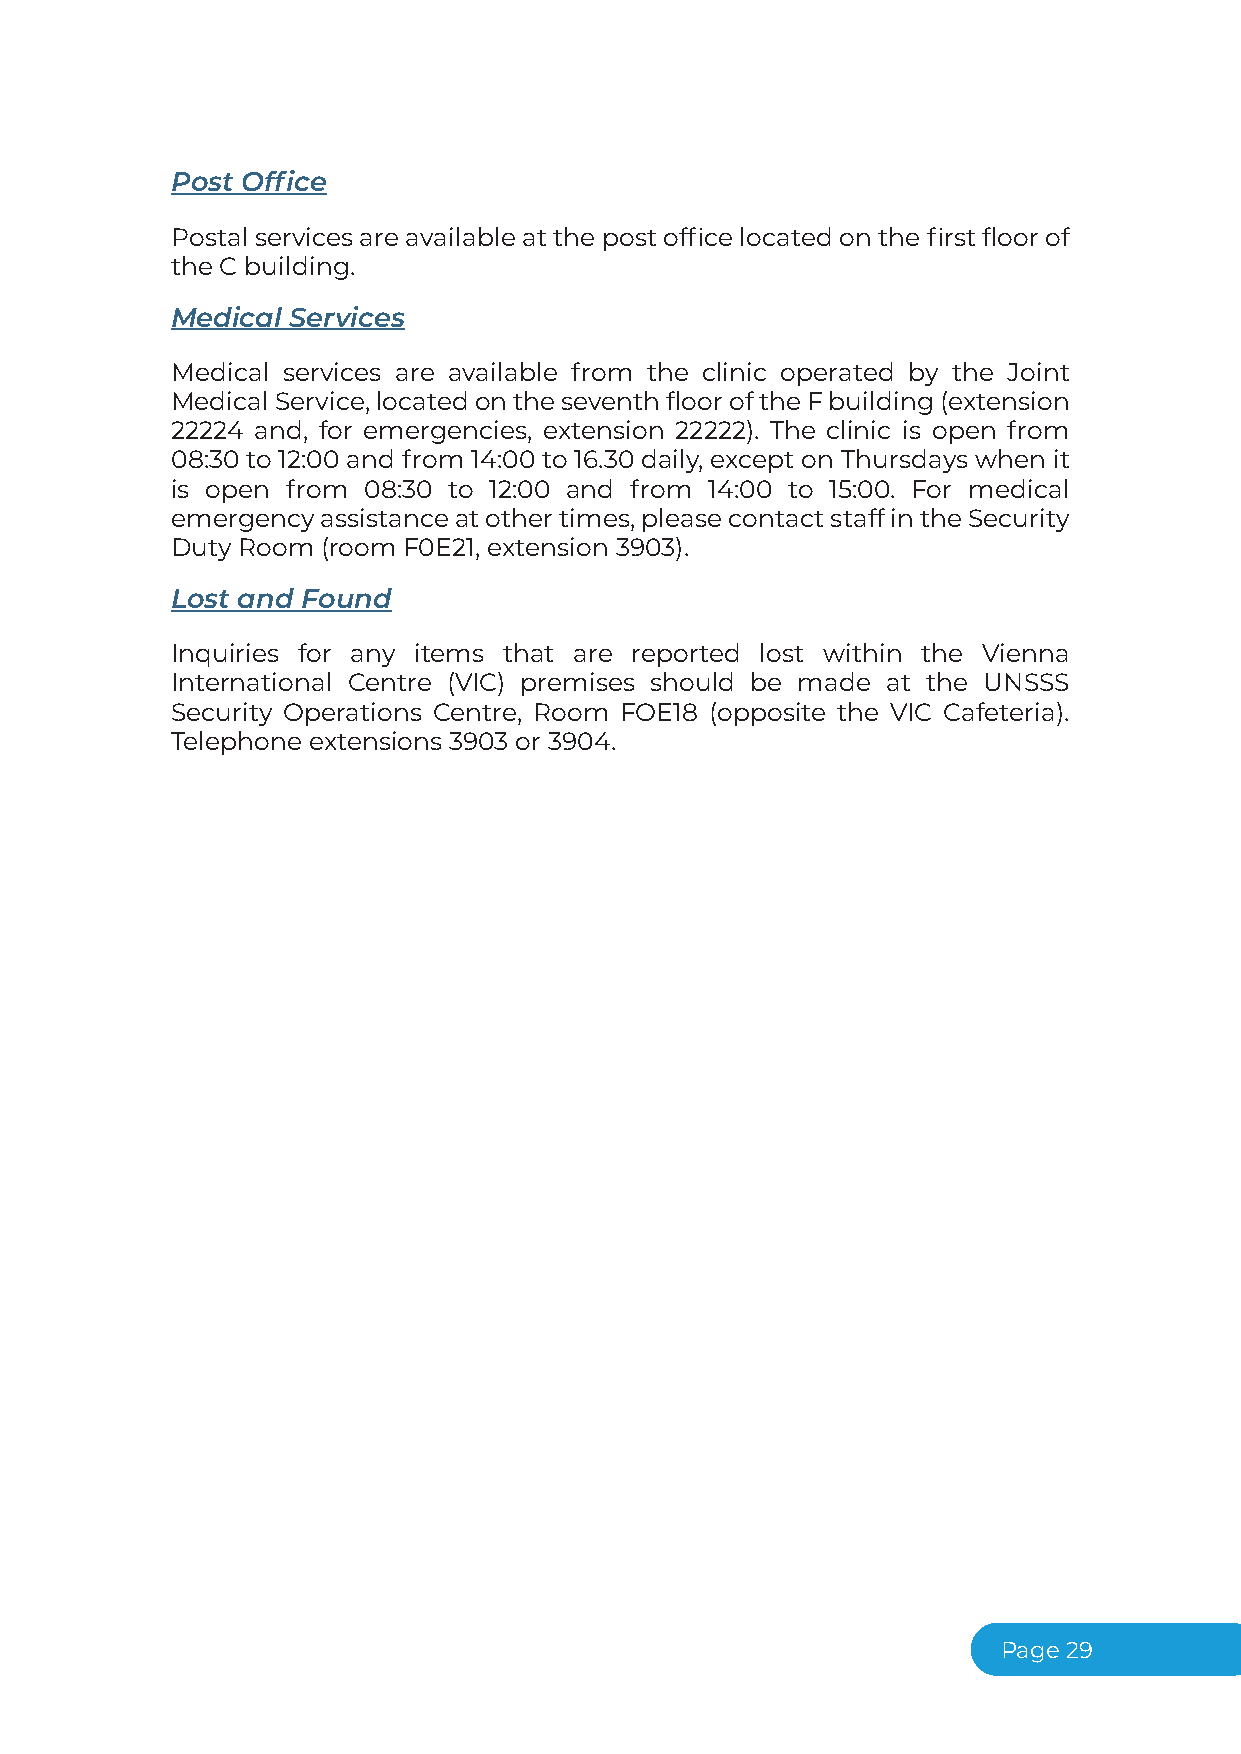
Post Office
 Postal services are available at the post office located on the first floor of
 the C building.
 Medical Services
 Medical services are available from the clinic operated by the Joint
 MedicalService,locatedontheseventhflooroftheFbuilding(extension
 22224 and, for emergencies, extension 22222). The clinic is open from
 08:30 to 12:00 and from 14:00 to 16.30 daily, except on Thursdays when it
 is open from 08:30 to 12:00 and from 14:00 to 15:00. For medical
 emergencyassistanceatothertimes,pleasecontactstaffintheSecurity
 Duty Room (room F0E21, extension 3903).
 Lost and Found
 Inquiries for any items that are reported lost within the Vienna
 International Centre (VIC) premises should be made at the UNSSS
 Security Operations Centre, Room FOE18 (opposite the VIC Cafeteria).
 Telephone extensions 3903 or 3904.
 Page29